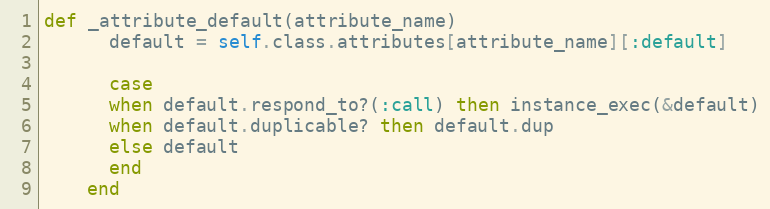
Language: Ruby
def _attribute_default(attribute_name)
      default = self.class.attributes[attribute_name][:default]

      case
      when default.respond_to?(:call) then instance_exec(&default)
      when default.duplicable? then default.dup
      else default
      end
    end